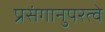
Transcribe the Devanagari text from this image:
प्रसंगानुपरत्वे